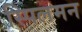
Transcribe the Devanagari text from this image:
स्पिलमन